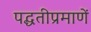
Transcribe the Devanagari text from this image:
पद्धतीप्रमाणें